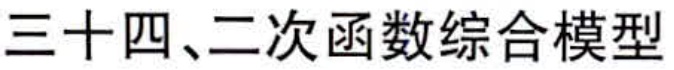
三十四、二次函数综合模型